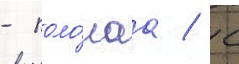
- поло́гаа / с